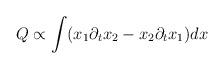
LaTeX: \begin{align*}Q\propto\int (x_1\partial_t x_2-x_2\partial_t x_1) dx\end{align*}